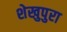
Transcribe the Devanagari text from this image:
शेखुपुरा